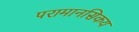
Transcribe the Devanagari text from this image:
परामानसिकय